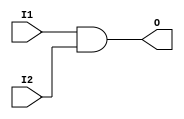
module and_gate(I1,I2,O);
	input I1,I2;
	output O;
        wire W;
	nand(W,I1,I2);
        nand(O,W,W);
endmodule